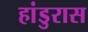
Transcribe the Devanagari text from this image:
हांडुरास